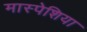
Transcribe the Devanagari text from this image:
मास्पेशिया